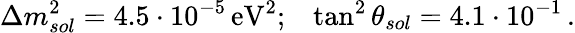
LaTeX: \Delta m_{sol}^{2}=4.5\cdot 10^{-5}\, \mathrm{eV}^{2};\, ~~\tan^{2}\theta_{sol}=4.1\cdot 10^{-1}\, .